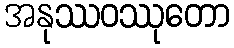
အနုဿဝဿုတော